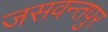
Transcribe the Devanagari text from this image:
जसवन्तपुर